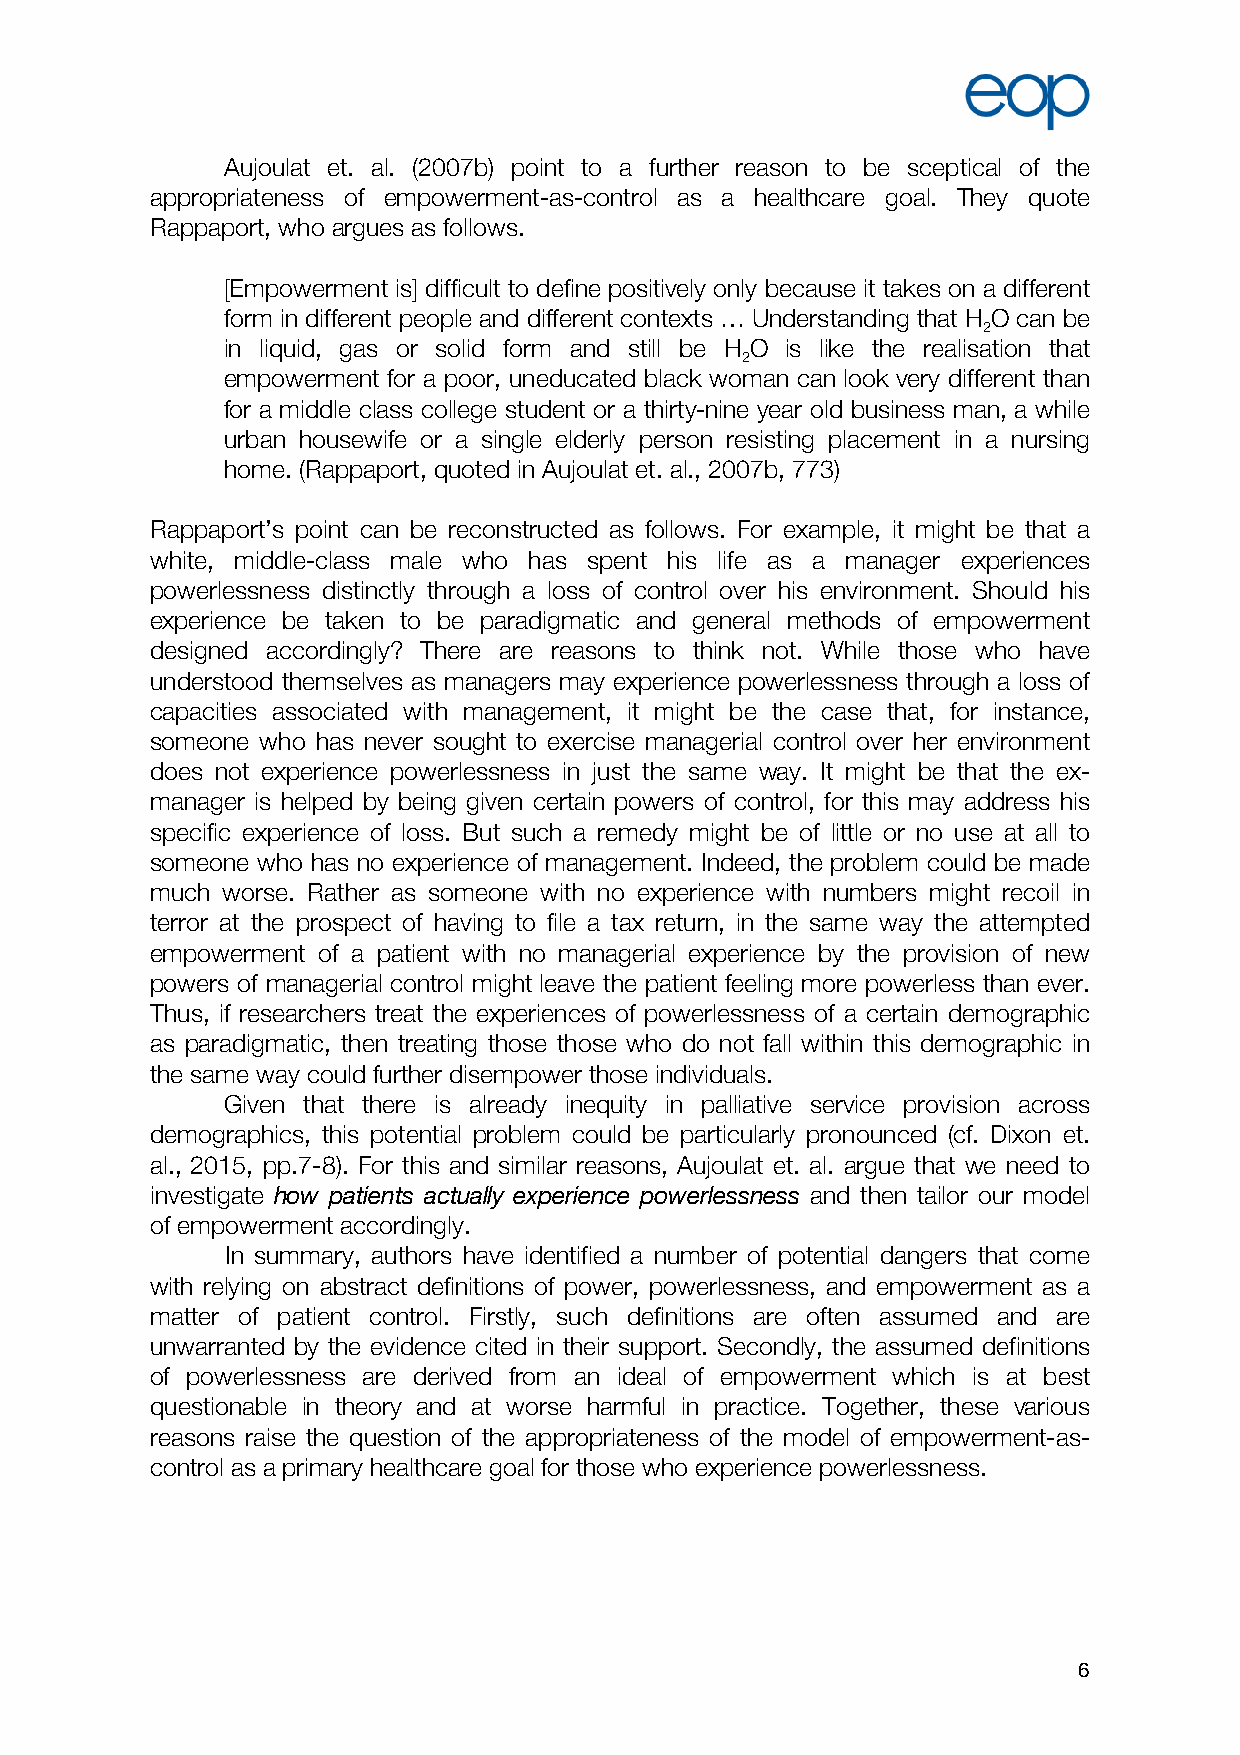
Aujoulat et. al. (2007b) point to a further reason to be sceptical of the
 appropriateness of empowerment-as-control as a healthcare goal. They quote
 Rappaport, who argues as follows.
 [Empowerment is] difficult to define positively only because it takes on a different
 form in different people and different contexts … Understanding that H O can be
 2
 in liquid, gas or solid form and still be H O is like the realisation that
 2
 empowerment for a poor, uneducated black woman can look very different than
 for a middle class college student or a thirty-nine year old business man, a while
 urban housewife or a single elderly person resisting placement in a nursing
 home. (Rappaport, quoted in Aujoulat et. al., 2007b, 773)
 Rappaport’s point can be reconstructed as follows. For example, it might be that a
 white, middle-class male who has spent his life as a manager experiences
 powerlessness distinctly through a loss of control over his environment. Should his
 experience be taken to be paradigmatic and general methods of empowerment
 designed accordingly? There are reasons to think not. While those who have
 understood themselves as managers may experience powerlessness through a loss of
 capacities associated with management, it might be the case that, for instance,
 someone who has never sought to exercise managerial control over her environment
 does not experience powerlessness in just the same way. It might be that the ex-
 manager is helped by being given certain powers of control, for this may address his
 specific experience of loss. But such a remedy might be of little or no use at all to
 someone who has no experience of management. Indeed, the problem could be made
 much worse. Rather as someone with no experience with numbers might recoil in
 terror at the prospect of having to file a tax return, in the same way the attempted
 empowerment of a patient with no managerial experience by the provision of new
 powers of managerial control might leave the patient feeling more powerless than ever.
 Thus, if researchers treat the experiences of powerlessness of a certain demographic
 as paradigmatic, then treating those those who do not fall within this demographic in
 the same way could further disempower those individuals.
 Given that there is already inequity in palliative service provision across
 demographics, this potential problem could be particularly pronounced (cf. Dixon et.
 al., 2015, pp.7-8). For this and similar reasons, Aujoulat et. al. argue that we need to
 investigate how patients actually experience powerlessness and then tailor our model
 of empowerment accordingly.
 In summary, authors have identified a number of potential dangers that come
 with relying on abstract definitions of power, powerlessness, and empowerment as a
 matter of patient control. Firstly, such definitions are often assumed and are
 unwarranted by the evidence cited in their support. Secondly, the assumed definitions
 of powerlessness are derived from an ideal of empowerment which is at best
 questionable in theory and at worse harmful in practice. Together, these various
 reasons raise the question of the appropriateness of the model of empowerment-as-
 control as a primary healthcare goal for those who experience powerlessness.
 6